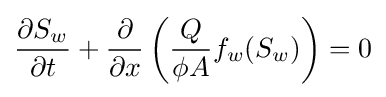
{\frac {\partial S_{w}}{\partial t}}+{\frac {\partial }{\partial x}}\left({\frac {Q}{\phi A}}f_{w}(S_{w})\right)=0